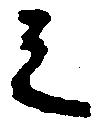
之